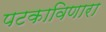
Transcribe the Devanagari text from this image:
पटकाविणारा